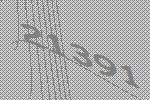
21391